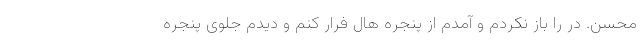
محسن. در را باز نکردم و آمدم از پنجره هال فرار کنم و دیدم جلوی پنجره